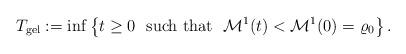
LaTeX: \begin{align*} T_{\mathrm{gel}}:= \inf\left\{t\geq 0 \ \ \mbox{such that} \ \ \mathcal{M}^{1}(t)<\mathcal{M}^{1}(0)=\varrho_{0}\right\}.\end{align*}